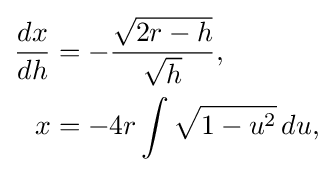
{\begin{aligned}{\frac {dx}{dh}}&=-{\frac {\sqrt {2r-h}}{\sqrt {h}}},\\x&=-4r\int {\sqrt {1-u^{2}}}\,du,\end{aligned}}